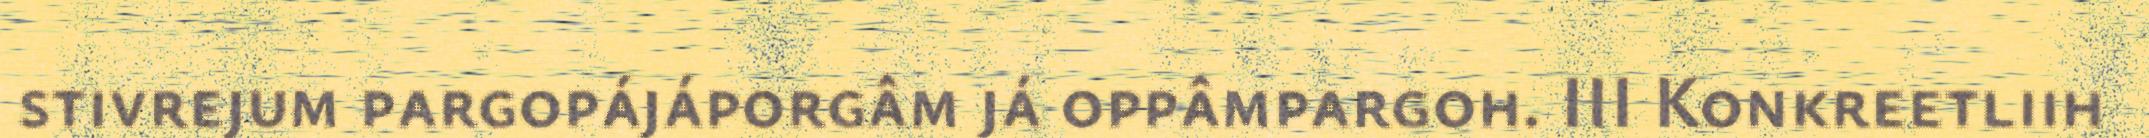
stivrejum pargopájáporgâm já oppâmpargoh. III Konkreetliih